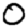
Digit: 0